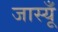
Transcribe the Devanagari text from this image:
जास्यूँ